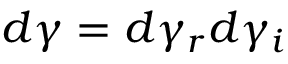
d \gamma = d \gamma _ { r } d \gamma _ { i }